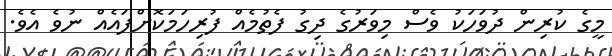
މީގެ ކުރިން ދުވަހަކު ވެސް މިވަރުގެ ދިގު ފެތުމެއް ފުރިހަމަކޮށްފައެއް ނުވެ އެވެ.